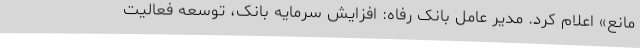
مانع» اعلام کرد. مدیر عامل بانک رفاه: افزایش سرمایه بانک، توسعه فعالیت